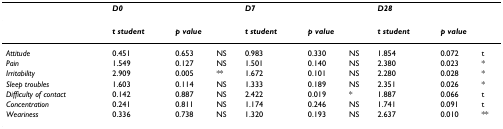
<table><thead><tr><td></td><td><b><i>D0</i></b></td><td></td><td></td><td><b><i>D7</i></b></td><td></td><td></td><td><b><i>D28</i></b></td><td></td><td></td></tr></thead><tbody><tr><td></td><td><b><i>t student</i></b></td><td colspan="2"><b><i>p value</i></b></td><td><b><i>t student</i></b></td><td colspan="2"><b><i>p value</i></b></td><td><b><i>t student</i></b></td><td colspan="2"><b><i>p value</i></b></td></tr><tr><td><i>Attitude</i></td><td>0.451</td><td>0.653</td><td>NS</td><td>0.983</td><td>0.330</td><td>NS</td><td>1.854</td><td>0.072</td><td>t</td></tr><tr><td><i>Pain</i></td><td>1.549</td><td>0.127</td><td>NS</td><td>1.501</td><td>0.140</td><td>NS</td><td>2.380</td><td>0.023</td><td>*</td></tr><tr><td><i>Irritability</i></td><td>2.909</td><td>0.005</td><td>**</td><td>1.672</td><td>0.101</td><td>NS</td><td>2.280</td><td>0.028</td><td>*</td></tr><tr><td><i>Sleep troubles</i></td><td>1.603</td><td>0.114</td><td>NS</td><td>1.333</td><td>0.189</td><td>NS</td><td>2.351</td><td>0.026</td><td>*</td></tr><tr><td><i>Difficulty of contact</i></td><td>0.142</td><td>0.887</td><td>NS</td><td>2.422</td><td>0.019</td><td>*</td><td>1.887</td><td>0.066</td><td>t</td></tr><tr><td><i>Concentration</i></td><td>0.241</td><td>0.811</td><td>NS</td><td>1.174</td><td>0.246</td><td>NS</td><td>1.741</td><td>0.091</td><td>t</td></tr><tr><td><i>Weariness</i></td><td>0.336</td><td>0.738</td><td>NS</td><td>1.320</td><td>0.193</td><td>NS</td><td>2.637</td><td>0.010</td><td>**</td></tr></tbody></table>